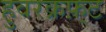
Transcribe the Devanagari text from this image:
हुवरक्रफ़्ट